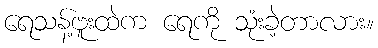
ရေသန့်ဗူးထဲက ရေကို သုံးခဲ့တာလား။